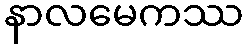
နာလမေကဿ